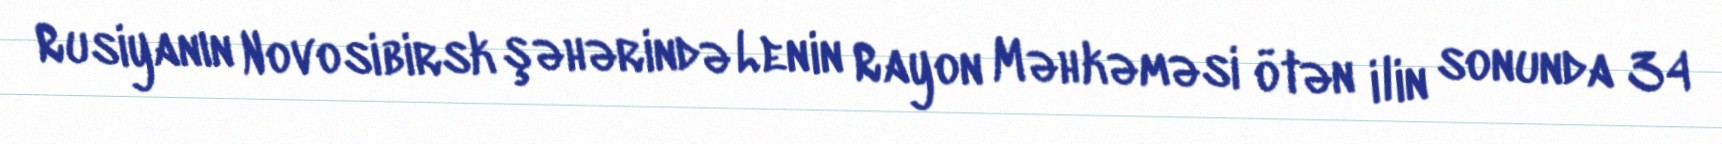
Rusiyanın Novosibirsk şəhərində Lenin Rayon Məhkəməsi ötən ilin sonunda 34